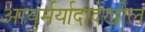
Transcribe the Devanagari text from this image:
आयुर्मर्यादादेखील